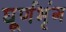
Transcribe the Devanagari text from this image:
घूर्णभृंग